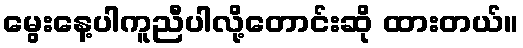
မွေးနေ့ပါကူညီပါလို့တောင်းဆို ထားတယ်။